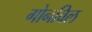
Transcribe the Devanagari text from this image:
गोनविल